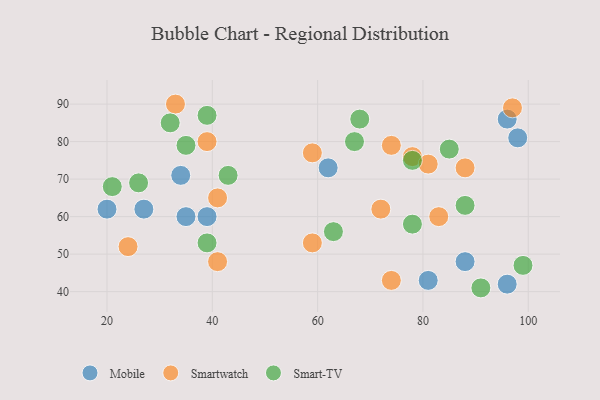
{"axis": {"x": "GDP", "y": "Life Expectancy"}, "legend": ["Mobile", "Smart-TV", "Smartwatch"], "data": [{"x": "96", "y": 42, "type": "Mobile"}, {"x": "81", "y": 43, "type": "Mobile"}, {"x": "88", "y": 48, "type": "Mobile"}, {"x": "35", "y": 60, "type": "Mobile"}, {"x": "27", "y": 62, "type": "Mobile"}, {"x": "20", "y": 62, "type": "Mobile"}, {"x": "62", "y": 73, "type": "Mobile"}, {"x": "96", "y": 86, "type": "Mobile"}, {"x": "39", "y": 60, "type": "Mobile"}, {"x": "34", "y": 71, "type": "Mobile"}, {"x": "98", "y": 81, "type": "Mobile"}, {"x": "97", "y": 89, "type": "Smartwatch"}, {"x": "39", "y": 80, "type": "Smartwatch"}, {"x": "74", "y": 79, "type": "Smartwatch"}, {"x": "59", "y": 77, "type": "Smartwatch"}, {"x": "24", "y": 52, "type": "Smartwatch"}, {"x": "41", "y": 65, "type": "Smartwatch"}, {"x": "41", "y": 48, "type": "Smartwatch"}, {"x": "88", "y": 73, "type": "Smartwatch"}, {"x": "78", "y": 76, "type": "Smartwatch"}, {"x": "72", "y": 62, "type": "Smartwatch"}, {"x": "59", "y": 53, "type": "Smartwatch"}, {"x": "74", "y": 43, "type": "Smartwatch"}, {"x": "83", "y": 60, "type": "Smartwatch"}, {"x": "33", "y": 90, "type": "Smartwatch"}, {"x": "81", "y": 74, "type": "Smartwatch"}, {"x": "68", "y": 86, "type": "Smart-TV"}, {"x": "78", "y": 58, "type": "Smart-TV"}, {"x": "63", "y": 56, "type": "Smart-TV"}, {"x": "91", "y": 41, "type": "Smart-TV"}, {"x": "32", "y": 85, "type": "Smart-TV"}, {"x": "67", "y": 80, "type": "Smart-TV"}, {"x": "78", "y": 75, "type": "Smart-TV"}, {"x": "99", "y": 47, "type": "Smart-TV"}, {"x": "85", "y": 78, "type": "Smart-TV"}, {"x": "26", "y": 69, "type": "Smart-TV"}, {"x": "39", "y": 53, "type": "Smart-TV"}, {"x": "21", "y": 68, "type": "Smart-TV"}, {"x": "88", "y": 63, "type": "Smart-TV"}, {"x": "35", "y": 79, "type": "Smart-TV"}, {"x": "43", "y": 71, "type": "Smart-TV"}, {"x": "39", "y": 87, "type": "Smart-TV"}]}